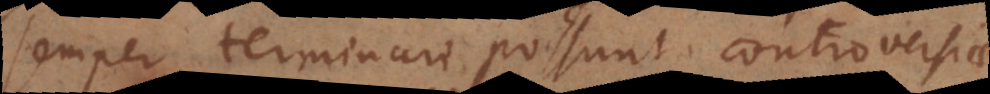
semper terminari possunt controversiae